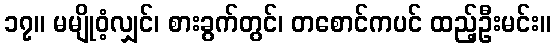
၁၇။ မမျိုဝံ့လျှင်၊ စားခွက်တွင်၊ တစောင်ကပင် ထည့်ဦးမင်း။